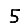
Digit: 5